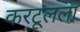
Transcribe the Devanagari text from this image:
करटूलला